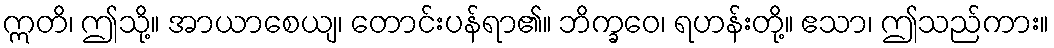
ဣတိ၊ ဤသို့။ အာယာစေယျ၊ တောင်းပန်ရာ၏။ ဘိက္ခဝေ၊ ရဟန်းတို့။ ဧသာ၊ ဤသည်ကား။